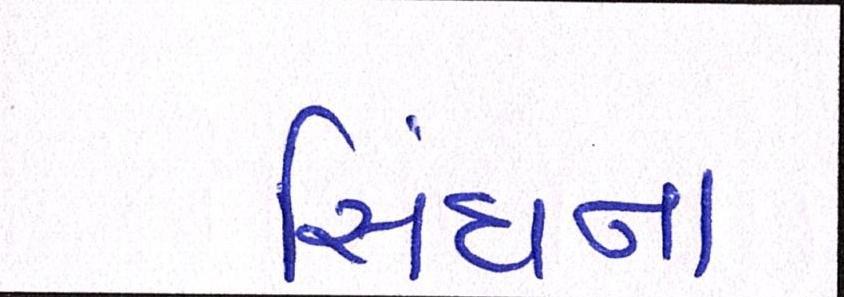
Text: સિંઘની